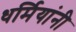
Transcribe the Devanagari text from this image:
धर्मियांनी